Scottish Leaving Certificate Examination, 1959
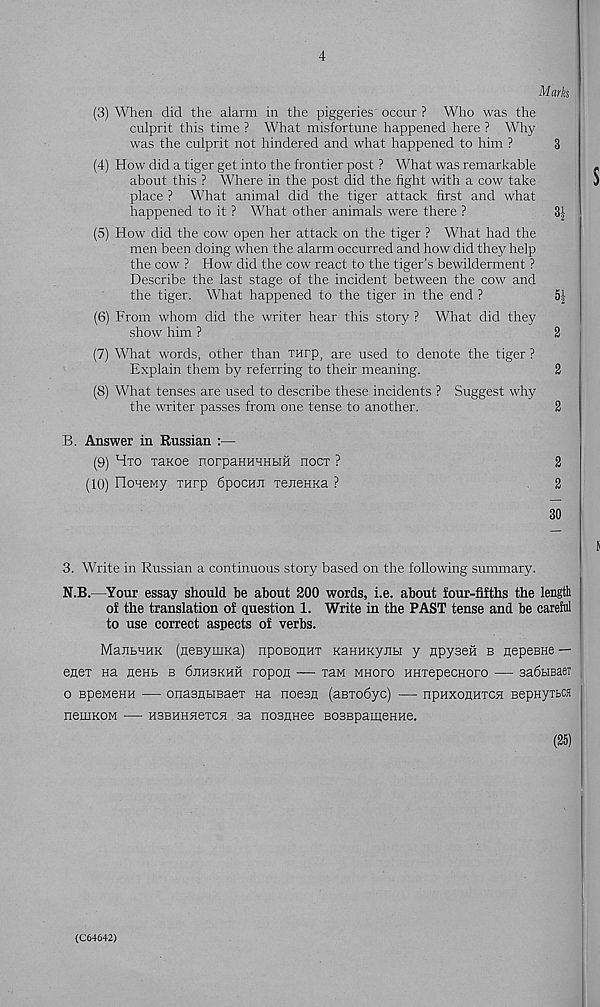
4
Marks
(3) When did the alarm in the piggeries occur ? Who was the
culprit this time ? What misfortune happened here ? Why
was the culprit not hindered and what happened to him ?
3
(4) How did a tiger get into the frontier post ? What was remarkable
about this ? Where in the post did the fight with a cow take
place ? What animal did the tiger attack first and what
happened to it ? What other animals were there ?
3|
(5) How did the cow open her attack on the tiger ? What had the
men been doing when the alarm occurred and how did they help
the cow ? How did the cow react to the tiger’s bewilderment ?
Describe the last stage of the incident between the cow and
the tiger. What happened to the tiger in the end ?
5|
(6) From whom did the writer hear this story ? What did they
show him ?
2
(7) What words, other than xurp, are used to denote the tiger ?
Explain them by referring to their meaning.
2
(8) What tenses are used to describe these incidents ? Suggest why
the writer passes from one tense to another.
2
B. Answer in Russian :—
(9) Hto TaKoe norpaHHHHHH nocx ?
2
(10) OoneMy THrp bpocHJi xeneKKa ?
2
3. Write in Russian a continuous story based on the following summary.
N.B.—Your essay should he about 200 words, i.e. about four-fifths the length
of the translation of question 1. Write in the PAST tense and be careful
to use correct aspects of verbs.
ManbHHK (neByixiKa) nposounx KaHHKynH y npysefi b nepeBHe —
enex na neHb b 6jih3khh ropon, — xaw mhoxo HHxepecHoro — sadbiBaer
o BpeMeHH — onasnbisaex Ha noesn (aBxodyc) — npHXOHHxen BepHyxbCH
neuiKOM — HBBHHHexcsi sa nosunee BosepameHMe.
(25)
(C64642)